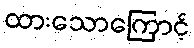
ထားသောကြောင့်